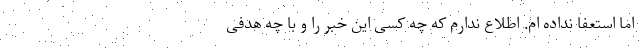
اما استعفا نداده ام. اطلاع ندارم که چه کسی این خبر را و با چه هدفی